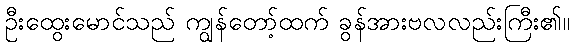
ဦးထွေးမောင်သည် ကျွန်တော့်ထက် ခွန်အားဗလလည်းကြီး၏။